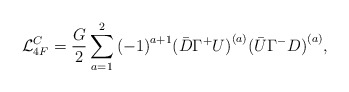
\begin{align*}{\cal L}_{4F}^C=\frac{G}{2}\sum_{a=1}^{2}{(-1)}^{a+1}{(\bar{D}\Gamma^+U)}^{(a)}{(\bar{U}\Gamma^-D)}^{(a)},\end{align*}